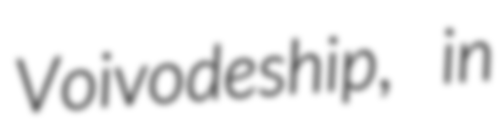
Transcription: Voivodeship, in